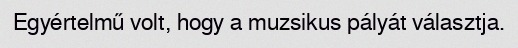
Egyértelmű volt, hogy a muzsikus pályát választja.